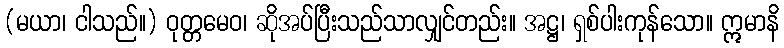
(မယာ၊ ငါသည်။) ဝုတ္တမေဝ၊ ဆိုအပ်ပြီးသည်သာလျှင်တည်း။ အဋ္ဌ၊ ရှစ်ပါးကုန်သော။ ဣမာနိ